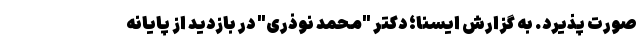
صورت پذیرد. به گزارش ایسنا؛ دکتر "محمد نوذری" در بازدید از پایانه